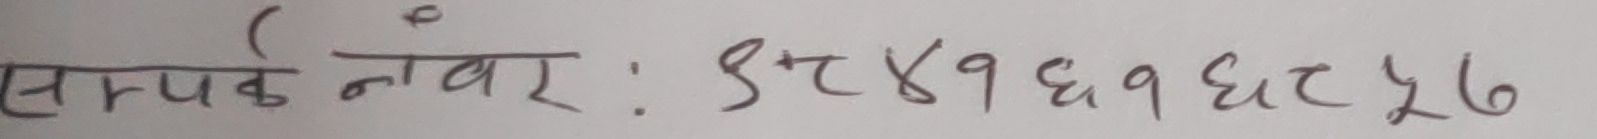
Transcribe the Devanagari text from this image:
सम्पर्क नंबर : ९८४१६१६८५७